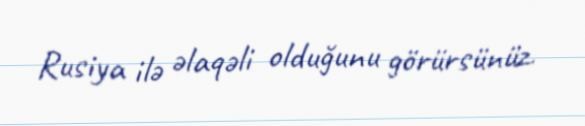
Rusiya ilə əlaqəli olduğunu görürsünüz.